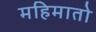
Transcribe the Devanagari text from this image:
महिमातो